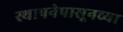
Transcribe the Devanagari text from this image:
स्थापनेपासूनच्या